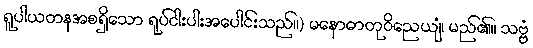
ရူပါယတနအစရှိသော ရုပ်ငါးပါးအပေါင်းသည်။) မနောဓာတုဝိညေယျံ၊ မည်၏။ သဗ္ဗံ